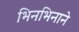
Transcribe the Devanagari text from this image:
भिनभिनाने